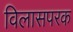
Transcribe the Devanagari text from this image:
विलासपरक